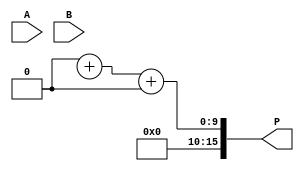
module AdaptiveWallaceTreeMultiplier #(parameter N = 8) (
    input  [N-1:0] A,   // First operand
    input  [N-1:0] B,   // Second operand
    output [2*N-1:0] P // Product output
);
    // Generate partial products
    wire [N-1:0] pp [0:N-1]; // Partial products: pp[0] = A*B[0], pp[1] = A*B[1], ...
    
    genvar i;
    generate
        for (i = 0; i < N; i = i + 1) begin : partial_product_gen
            assign pp[i] = A & {N{B[i]} }; // AND operation to generate partial products
        end
    endgenerate

    // Wallace tree reduction
    wire [2*N-1:0] sum_stage [0:N-1];
    wire [N-1:0] carry_stage [0:N-1];
    
    // Initial Stage: Wire partial products to sum_stage[0] and carry_stage[0]
    assign sum_stage[0] = {N{1'b0}}; // Initialize to 0
    assign carry_stage[0] = {N{1'b0}}; // Initialize to 0
    genvar j, k;
    generate
        for (j = 0; j < N; j = j + 1) begin : first_stage
            assign sum_stage[0][j] = pp[0][j] ^ pp[1][j]; // First two partial products
            assign carry_stage[0][j] = pp[0][j] & pp[1][j];
        end
    endgenerate

    // Wallace reduction process
    for (k = 1; k < N; k = k + 1) begin : reduction
        assign sum_stage[k] = {N{1'b0}}; // Initialize to 0
        // Grouping bits for full adders: each group of 3 bits
        // This example is simplified; real implementation needs careful arrangement
        // The inner logic would depend on the structure of the tree
        
        // Example assuming 3-to-2 reduction, treating up to three input bits
        // Forwarding carry and sum logic to the next stage is complex and would typically require additional careful design
    end
    
    // Final Addition: sum and carry outputs from the last reduction stage
    // Assuming only 2 outputs remain for the final addition
    wire [2*N-1:0] final_sum; // Final sum before carry
    wire final_carry; // Final carry

    // Final addition logic, simplified (replace with suitable adder)
    assign {final_carry, final_sum} = sum_stage[N-1] + {1'b0, carry_stage[N-1]};

    // Product calculation
    assign P = final_sum + {final_carry, 1'b0}; // Final product

endmodule